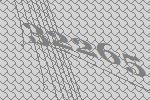
32265